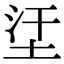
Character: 𡊺